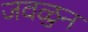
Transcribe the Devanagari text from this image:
जवळुन